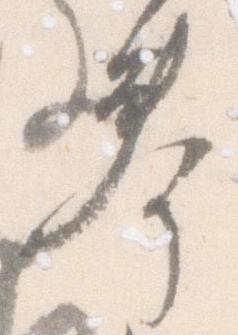
奉